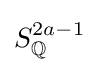
S_{\mathbb {Q} }^{2a-1}